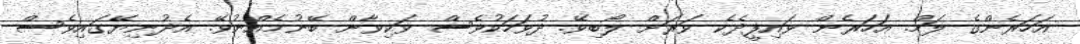
އަހަރެންގެ ލަމް. އަހަރެން ވައިފީދެކެ ވަރަށް ލޯބިވޭ. ދުވަހަކުވެސް ވަކިވާން ބޭނުމެއްނުވޭ. އެދުނިޔޭގައިވެސް